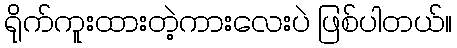
ရိုက်ကူးထားတဲ့ကားလေးပဲ ဖြစ်ပါတယ်။